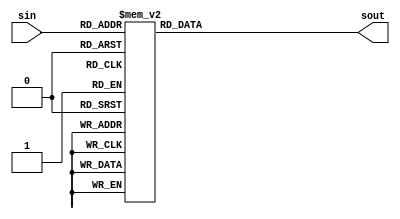
module isbox(sin,sout);
input [3:0]sin;
output [3:0]sout;
reg [3:0]temp;
reg [3:0]sout;
always@(sin)
begin
case (sin) 
4'b1001:temp= 4'b0000;

4'b0100:temp= 4'b0001;

4'b1010:temp= 4'b0010;

4'b1011:temp= 4'b0011;

4'b1101:temp= 4'b0100;


4'b0001:temp= 4'b0101;


4'b1000:temp= 4'b0110;


4'b0101:temp= 4'b0111;


4'b0110:temp= 4'b1000;


4'b0010:temp= 4'b1001;


4'b0000:temp= 4'b1010;


4'b0011:temp= 4'b1011;


4'b1100:temp= 4'b1100;


4'b1110:temp= 4'b1101;


4'b1111:temp= 4'b1110;


4'b0111:temp= 4'b1111;
endcase
sout = temp;
end
endmodule